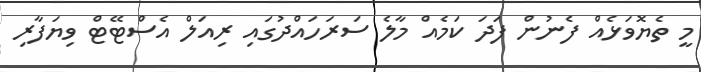
މީ ތެޔޮވަޅެއް ފެނުން ފަދަ ކަމެއް މާލެ ސަރަހައްދުގައި ރިއަލް އެސްޓޭޓް ވިޔަފާރި